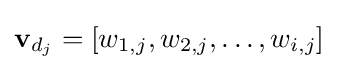
\mathbf {v} _{d_{j}}=[w_{1,j},w_{2,j},\ldots ,w_{i,j}]